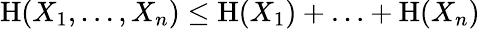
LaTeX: \mathrm{H}(X_{1},\ldots,X_{n})\leq\mathrm{H}(X_{1})+\ldots+\mathrm{H}(X_{n})